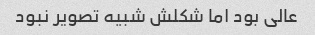
عالی بود اما شکلش شبیه تصویر نبود